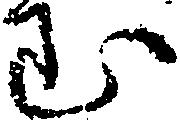
む